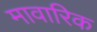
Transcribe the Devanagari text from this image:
मावारिक